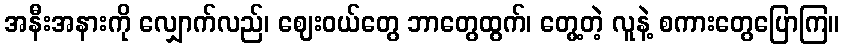
အနီးအနားကို လျှောက်လည်၊ ဈေးဝယ်တွေ ဘာတွေထွက်၊ တွေ့တဲ့ လူနဲ့ စကားတွေပြောကြ။